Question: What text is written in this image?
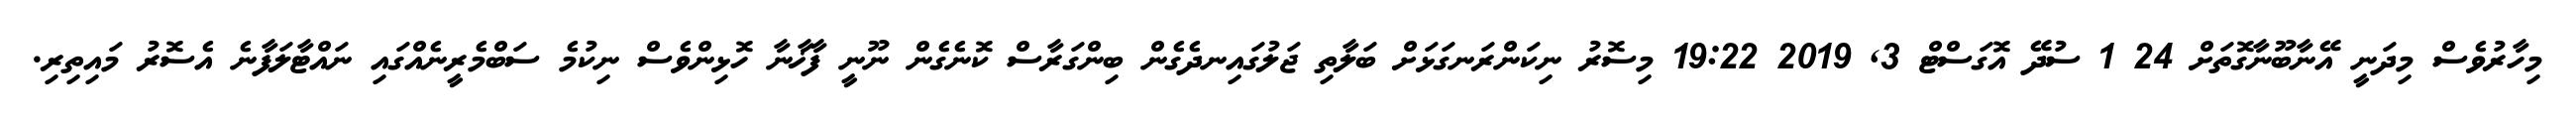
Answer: މިހާރުވެސް މިދަނީ އޭނާބޫނާގޮތަށް 24 1 ސުދޭ އޮގަސްޓް 3, 2019 19:22 މިސޮރު ނިކަންރަނގަޅަށް ބަލާތި ޖަލުގައިނދެގެން ބިންގަރާސް ކޮނެގެން ނޫނީ ފާޚާނާ ހޮޅިންވެސް ނިކުމެ ސަބްމެރީނެއްގައި ނައްޓާލަފާނެ އެސޮރު މައިތިރި.